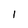
Character: l